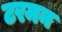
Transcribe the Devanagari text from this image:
टरमन